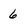
Character: 6